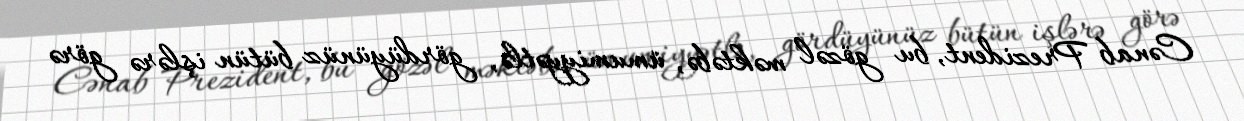
Cənab Prezident, bu gözəl məktəbə, ümumiyyətlə, gördüyünüz bütün işlərə görə